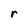
Character: r